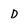
Character: D